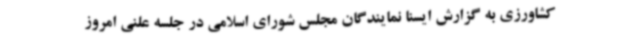
کشاورزی به گزارش ایسنا نمایندگان مجلس شورای اسلامی در جلسه علنی امروز